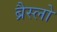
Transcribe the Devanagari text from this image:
ब्रैस्लो